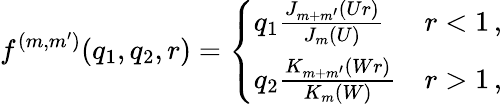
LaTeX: f^{(m,m^{\prime})}(q_{1},q_{2},r)=\left\{ \begin{array}{ll}{q_{1}\frac{J_{m+m^{\prime}}(Ur)}{J_{m}(U)}}&{r<1\, ,}\\ {q_{2}\frac{K_{m+m^{\prime}}(Wr)}{K_{m}(W)}}&{r>1\, ,}\end{array}\right.